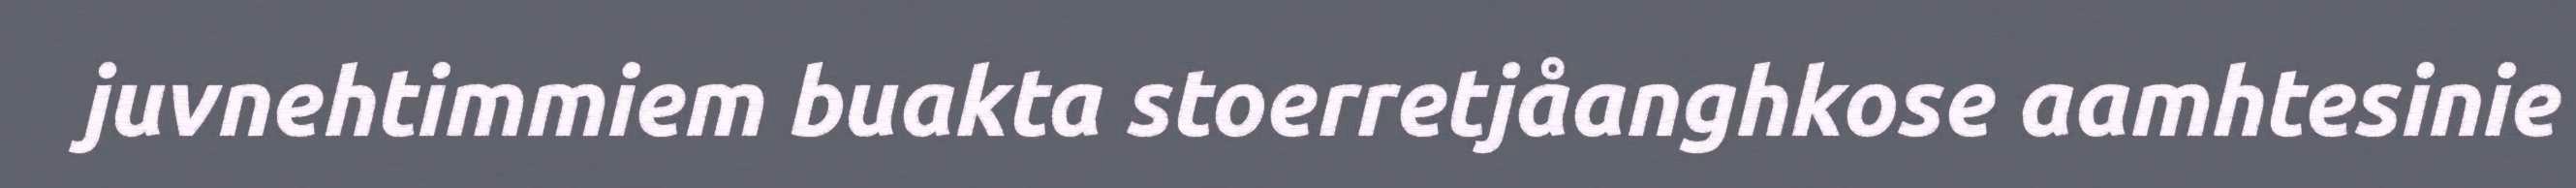
juvnehtimmiem buakta stoerretjåanghkose aamhtesinie